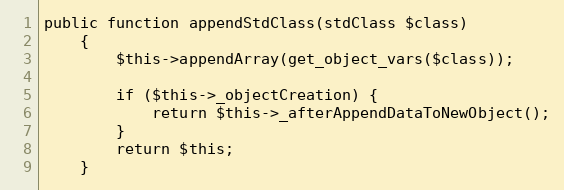
Language: PHP
public function appendStdClass(stdClass $class)
    {
        $this->appendArray(get_object_vars($class));

        if ($this->_objectCreation) {
            return $this->_afterAppendDataToNewObject();
        }
        return $this;
    }